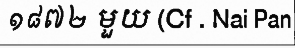
១៨៧២ មួយ (Cf . Nai Pan